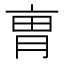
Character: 𠅥